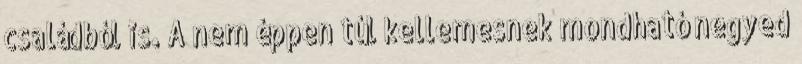
családból is. A nem éppen túl kellemesnek mondható negyed